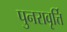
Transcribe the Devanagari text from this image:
पुनरावृर्त्ति